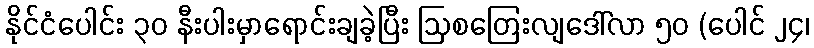
နိုင်ငံပေါင်း ၃၀ နီးပါးမှာရောင်းချခဲ့ပြီး ဩစတြေးလျဒေါ်လာ ၅၀ (ပေါင် ၂၄၊